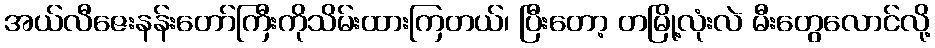
အယ်လီဇေးနန်းတော်ကြီးကိုသိမ်းထားကြတယ်၊ ပြီးတော့ တမြို့လုံးလဲ မီးတွေလောင်လို့